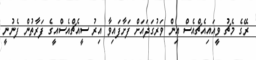
ރޭގެ މެޗު ވީއައިއެޗްއެސް އިން ވަރުގަދައަށް ފަށާފައިވާ އިރު ސީއެޗްއެސްއީގެ ފަރާތުން ފެނުނީ